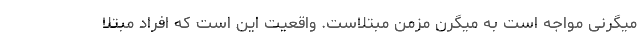
میگرنی مواجه است به میگرن مزمن مبتلاست. واقعیت این است که افراد مبتلا